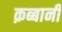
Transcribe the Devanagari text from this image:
क़ब्बानी